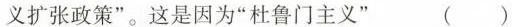
义扩张政策”。这是因为”杜鲁门主义” ()